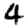
Digit: 4